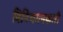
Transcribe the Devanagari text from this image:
विनियमनकारी